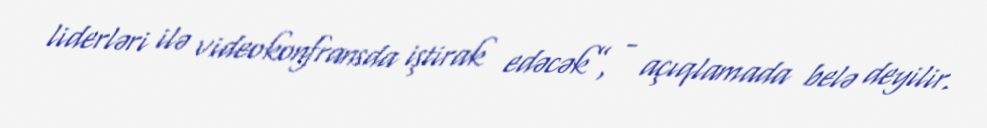
liderləri ilə videokonfransda iştirak edəcək”, - açıqlamada belə deyilir.